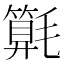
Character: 𣰚